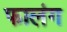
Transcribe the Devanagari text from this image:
फालंग